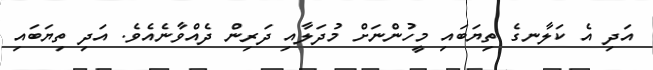
އަދި އެ ކަލާނގެ ތިޔަބައި މީހުންނަށް މުދަލާއި ދަރިން ދެއްވާނެއެވެ. އަދި ތިޔަބައި